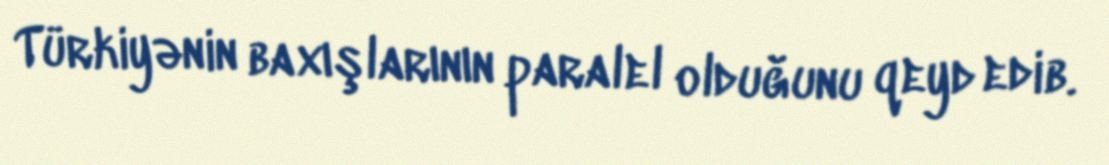
Türkiyənin baxışlarının paralel olduğunu qeyd edib.